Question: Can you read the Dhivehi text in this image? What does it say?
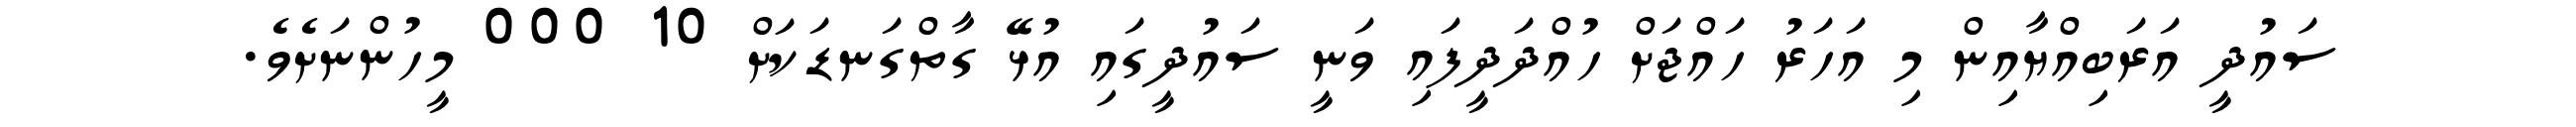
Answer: ސައުދީ އަރަބިއްޔާއިން މި އަހަރު ހައްޖަށް ހުއްދަދީފައި ވަނީ ސައުދީގައި އުޅޭ ގާތްގަނޑަކަށް 10 000 މީހުންނަށެވެ.